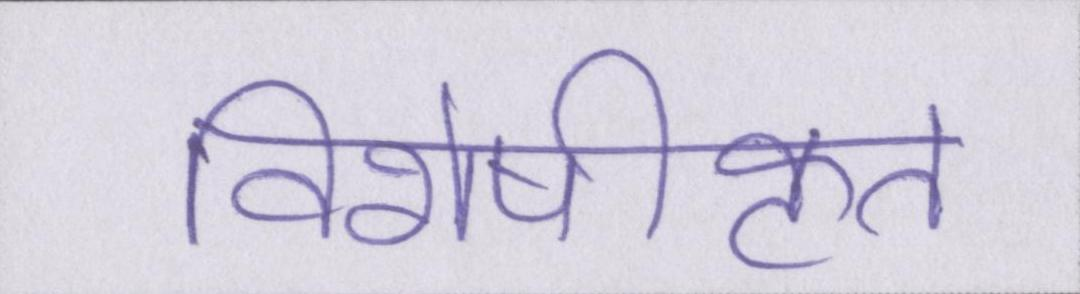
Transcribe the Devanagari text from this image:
विशेषीकृत